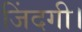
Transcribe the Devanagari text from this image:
जिंदगी।